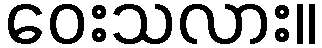
ဝေးသလား။